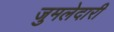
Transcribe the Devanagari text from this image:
जुमलेदारी